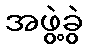
အဖွဲ့ခွဲ